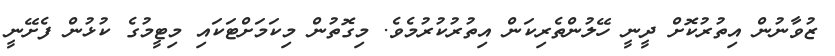
ޒުވާނުން އިތުރުކޮށް ދީނީ ހޭލުންތެރިކަން އިތުރުކުރުމެވެ. މިގޮތުން މިކަމަށްޓަކައި މިޓީމުގެ ކުޅުން ފެށޭނީ